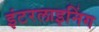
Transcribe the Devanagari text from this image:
इंटरलाइनिंग